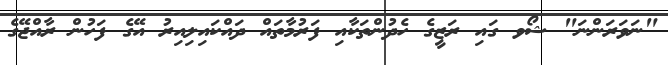
"ނަވަރަންނަ" ޝޯވ ގައި ރަޒީގެ ހެދުންތަކާއި ފަރުމާތައް ދައްކައިލިއިރު އޭގެ ފަހުން ރާއްޖޭގެ